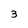
Character: 3